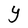
Character: Y